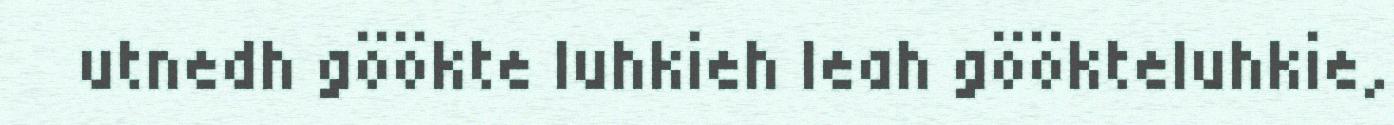
utnedh göökte luhkieh leah göökteluhkie,